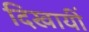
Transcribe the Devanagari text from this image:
दिखायीं